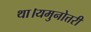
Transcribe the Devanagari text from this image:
था।यमुनोत्तरी